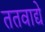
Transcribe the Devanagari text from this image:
ततवाद्ये